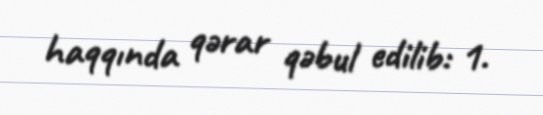
haqqında qərar qəbul edilib: 1.